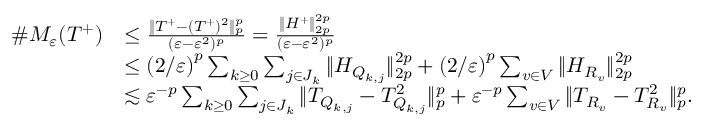
\begin{array} { r l } { \# M _ { \varepsilon } ( T ^ { + } ) } & { \le \frac { \| T ^ { + } - ( T ^ { + } ) ^ { 2 } \| _ { p } ^ { p } } { ( \varepsilon - \varepsilon ^ { 2 } ) ^ { p } } = \frac { \| H ^ { + } \| _ { 2 p } ^ { 2 p } } { ( \varepsilon - \varepsilon ^ { 2 } ) ^ { p } } } \\ & { \le \left( { 2 } / { \varepsilon } \right) ^ { p } \sum _ { k \ge 0 } \sum _ { j \in J _ { k } } \| H _ { Q _ { k , j } } \| _ { 2 p } ^ { 2 p } + \left( { 2 } / { \varepsilon } \right) ^ { p } \sum _ { v \in V } \| H _ { R _ { v } } \| _ { 2 p } ^ { 2 p } } \\ & { \lesssim \varepsilon ^ { - p } \sum _ { k \ge 0 } \sum _ { j \in J _ { k } } \| T _ { Q _ { k , j } } - T _ { Q _ { k , j } } ^ { 2 } \| _ { p } ^ { p } + \varepsilon ^ { - p } \sum _ { v \in V } \| T _ { R _ { v } } - T _ { R _ { v } } ^ { 2 } \| _ { p } ^ { p } . } \end{array}